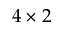
4 \times 2